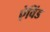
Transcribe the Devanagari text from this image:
ऐविंड